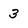
Character: 3